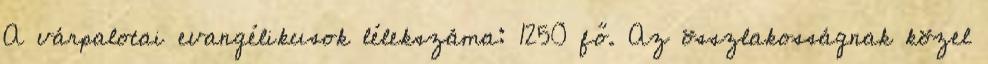
A várpalotai evangélikusok lélekszáma: 1250 fő. Az összlakosságnak közel